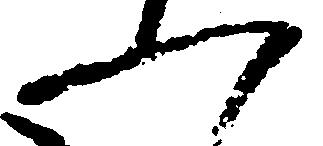
一